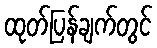
ထုတ်ပြန်ချက်တွင်